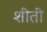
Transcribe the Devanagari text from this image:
शीती